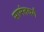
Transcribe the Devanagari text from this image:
सामंतवर्ग